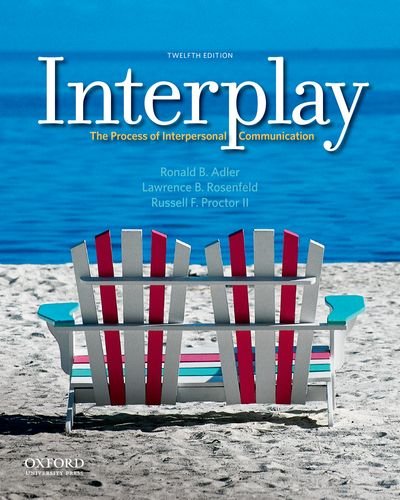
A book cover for Interplay: The Process of Interpersonal Communication; Ronald B. Adler; Humor & Entertainment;